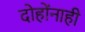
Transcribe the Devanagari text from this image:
दोहोंनाही